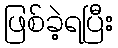
ဖြစ်ခဲ့ရပြီး